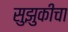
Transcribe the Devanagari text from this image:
सुझुकीचा